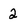
Character: 2